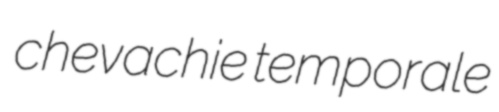
chevachie temporale